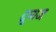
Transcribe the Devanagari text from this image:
दुग्गज